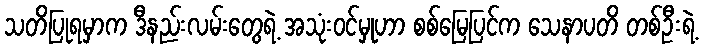
သတိပြုရမှာက ဒီနည်းလမ်းတွေရဲ့ အသုံးဝင်မှုဟာ စစ်မြေပြင်က သေနာပတိ တစ်ဦးရဲ့